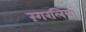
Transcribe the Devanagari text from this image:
रंगरलियां